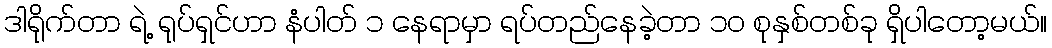
ဒါရိုက်တာ ရဲ့ ရုပ်ရှင်ဟာ နံပါတ် ၁ နေရာမှာ ရပ်တည်နေခဲ့တာ ၁၀ စုနှစ်တစ်ခု ရှိပါတော့မယ်။